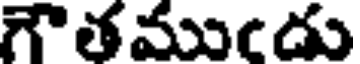
గౌతముఁడు